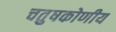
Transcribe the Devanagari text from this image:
चतुषकोणीय